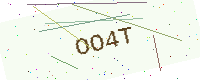
Text: OO4T